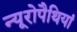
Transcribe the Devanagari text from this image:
न्यूरोपैथियां